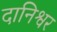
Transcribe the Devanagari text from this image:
दानिश्वर